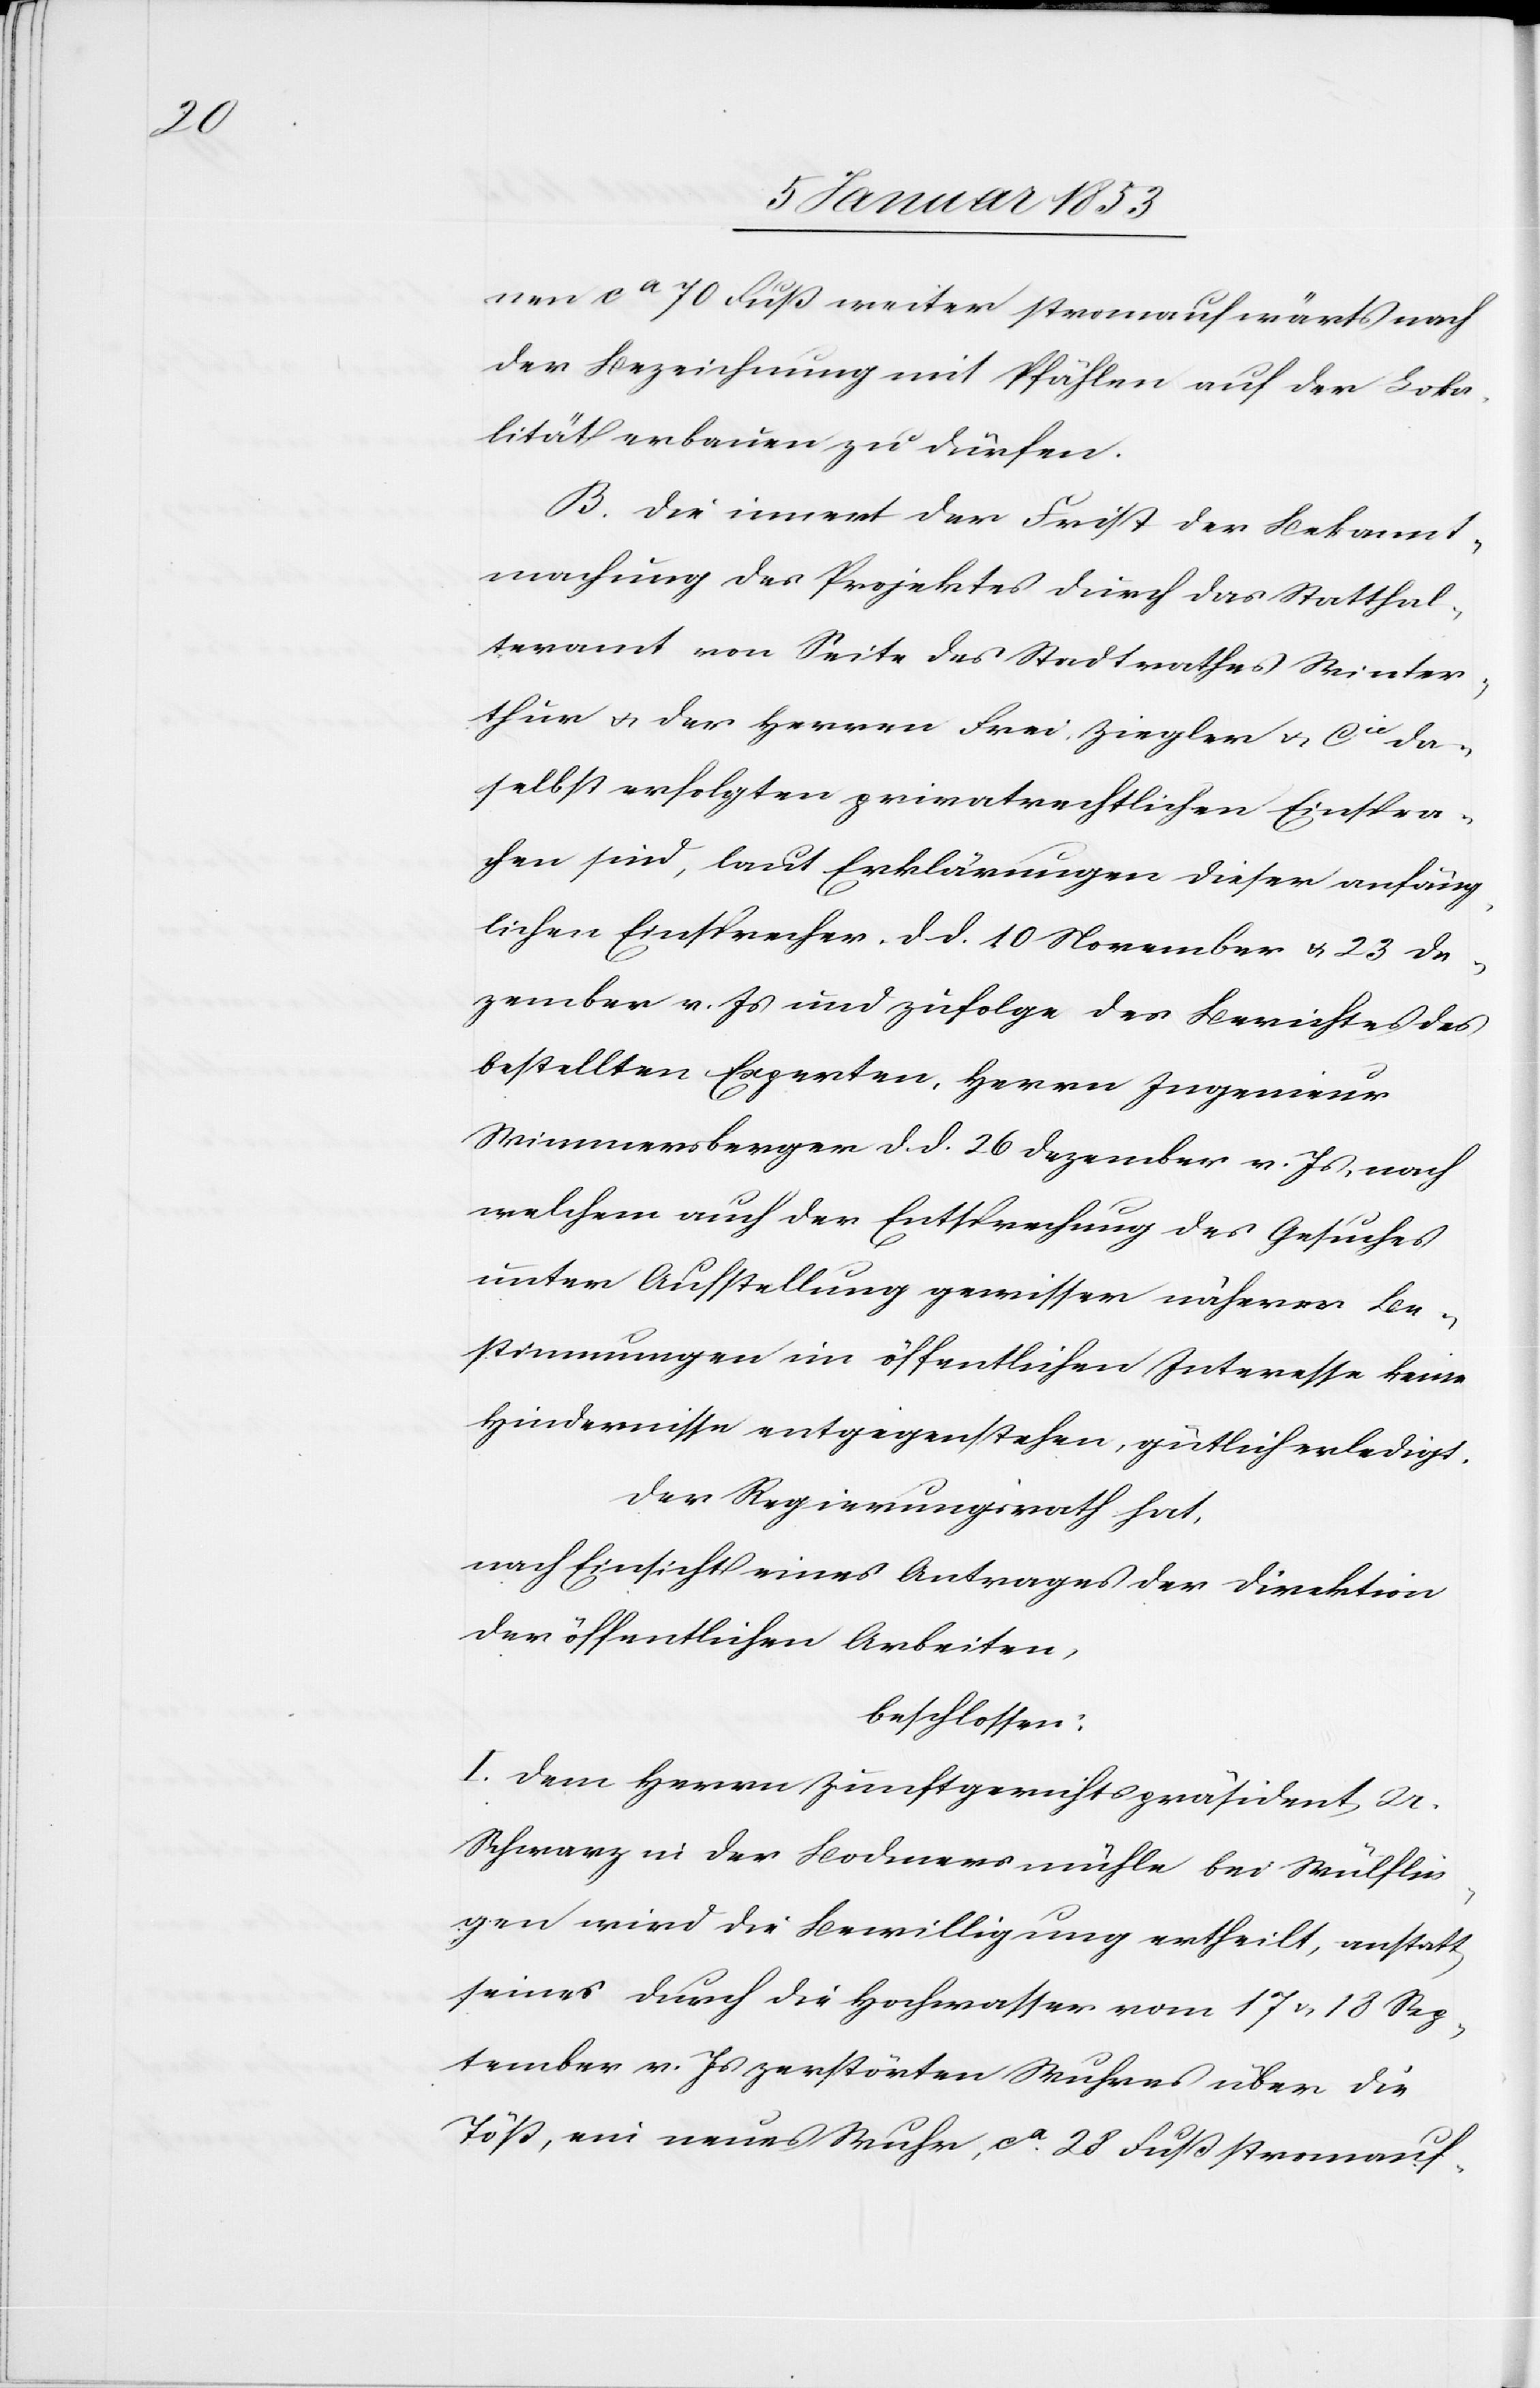
nen ca 70 Fuß weiter stromaufwärts nach
der Bezeichnung mit Pfählen auf der Loka¬
lität erbauen zu dürfen.
Die innert der Frist der Bekannt¬
machung des Projektes durch das Statthal¬
teramt von Seite des Stadtrathes Winter¬
thur u. der Herren Frei, Ziegler u. Cu. da¬
selbst erfolgten privatrechtlichen Einspra¬
chen sind, laut Erklärungen dieser anfäng¬
lichen Einsprecher d. d. 10 November u. 23 De¬
zember v. Js. und zufolge des Berichtes des
bestellten Experten, Herrn Ingenieur
Strimmenberger d. d. 26. Dezember v. Js. nach
welchem auch der Entsprechung des Gesuches
unter Aufstellung gewisser näherer Be¬
stimmungen im öffentlichen Interesse keine
Hindernisse entgegenstehen, gütlich erledigt.
der Regierungsrath hat,
nach Einsicht eines Antrages der Direktion
der öffentlichen Arbeiten,
beschlossen:
I. Dem Herren Zunftgerichtspräsident U.
Schwarz in der Bodmermühle bei Wülflin¬
gen wird die Bewilligung ertheilt, anstatt
seines durch die Hochwasser vom 17 u. 18 Sep¬
tember v. Js. zerstörten Wuhres über die
Töß, ein neues Wuhr, ca 28 Fuß stromauf-